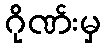
ဂိုဏ်းမှ